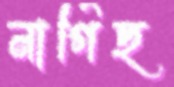
নার্গিছ